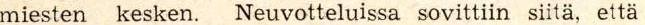
miesten kesken. Neuvotteluissa sovittiin siitä, että